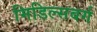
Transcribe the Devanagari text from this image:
मिडिल्सबर्ग